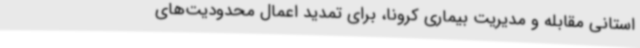
استانی مقابله و مدیریت بیماری کرونا، برای تمدید اعمال محدودیت‌های